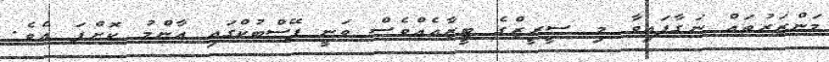
މަންޒަރުތައް ނަގާފައިވާ މި ސީރީޒްގެ ޓީޒާއެއްވެސް ވަނީ ފޭސްބުކްގައި އާންމު ކޮށްފަ އެވެ.